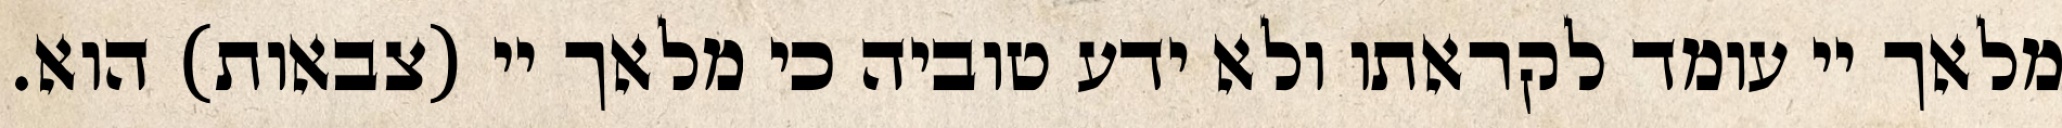
מלאך יי עומד לקראתו ולא ידע טוביה כי מלאך יי (צבאות) הוא.